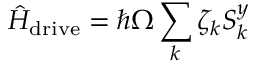
\hat { H } _ { \mathrm { d r i v e } } = \hbar \Omega \sum _ { k } \zeta _ { k } S _ { k } ^ { y }